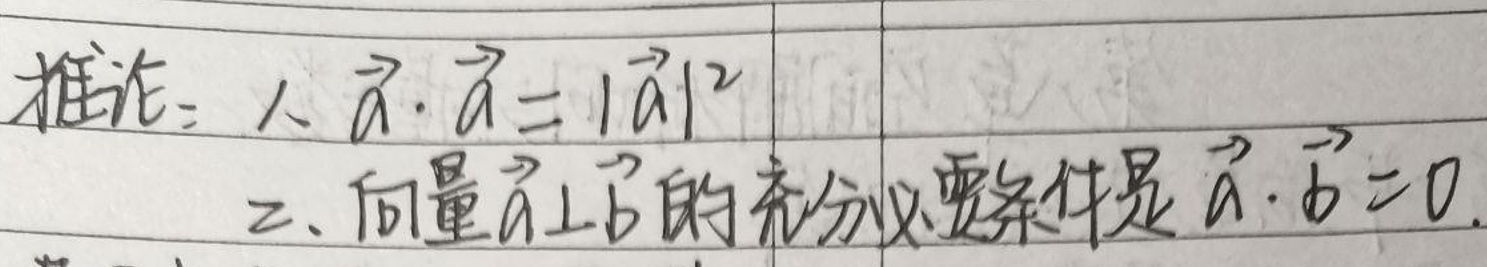
1. \( \vec{a} \cdot \vec{a} = |\vec{a}|^2 \)

2. 向量\(\vec{a} \perp \vec{b}\)的充分必要条件是\(\vec{a} \cdot \vec{b} = 0\)